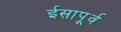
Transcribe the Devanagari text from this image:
ईसापू्र्व